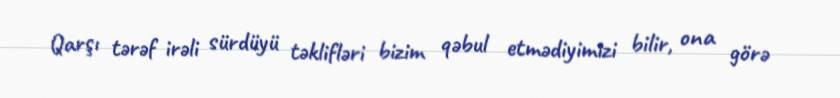
Qarşı tərəf irəli sürdüyü təklifləri bizim qəbul etmədiyimizi bilir, ona görə